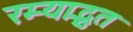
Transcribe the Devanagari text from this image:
रम्याद्भुत